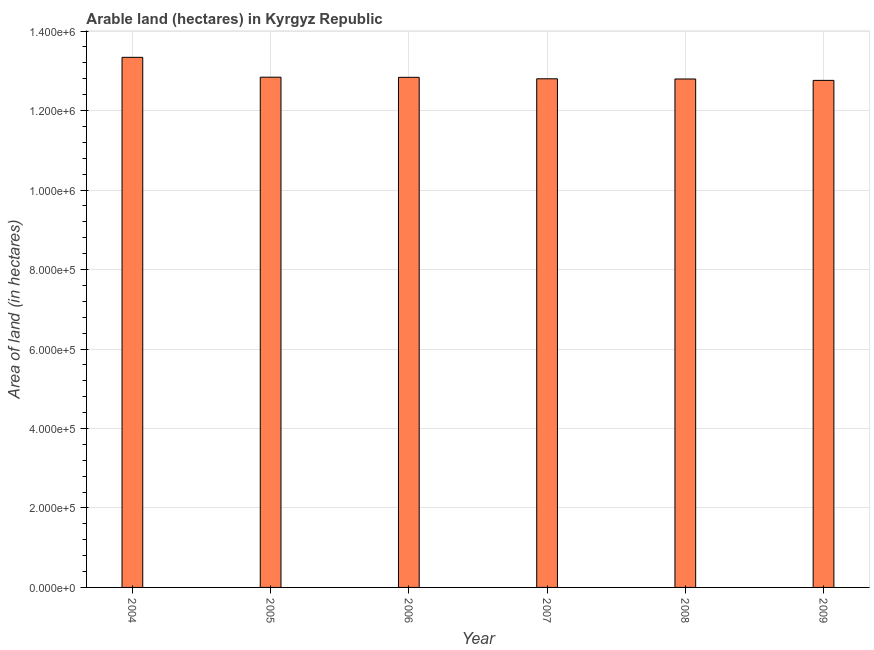
| Year | Area of land |
 | --- | --- |
 | 2004 | 1.33e+06 |
 | 2005 | 1.28e+06 |
 | 2006 | 1.28e+06 |
 | 2007 | 1.28e+06 |
 | 2008 | 1.28e+06 |
 | 2009 | 1.28e+06 |